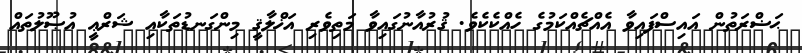
ޙަޟްރަތުން އައިސްފައިވާ އެއްޗެއްކަމުގެ ހެއްކެކެވެ. ޤުރުއާނުގައިވާ މަތިވެރި އަޚްލާޤީ މިންގަނޑުތަކާއި ޝަރްޢީ އުޞޫލުތައް